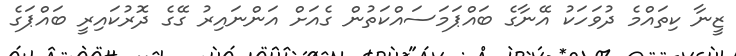
ޒީނާ ކިތައްމެ ދުވަހަކު އޭނާގެ ބައްޕަމަސައްކަތުން ގެއަށް އަންނައިރު ގޭގެ ދޮރުކައިރީ ބައްޕަގެ